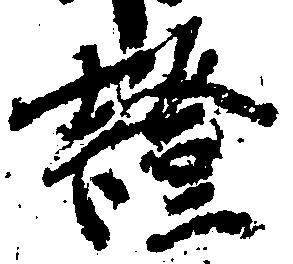
証